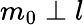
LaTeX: m_{0}\perp l